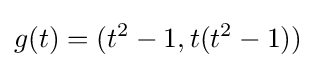
g(t)=(t^{2}-1,t(t^{2}-1))